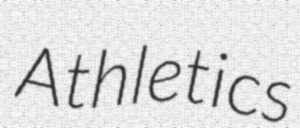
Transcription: Athletics